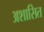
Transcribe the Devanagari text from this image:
अशासित